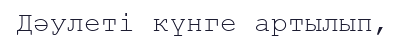
Дәулеті күнге артылып,